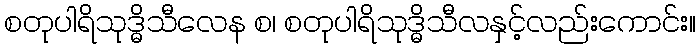
စတုပါရိသုဒ္ဓိသီလေန စ၊ စတုပါရိသုဒ္ဓိသီလနှင့်လည်းကောင်း။